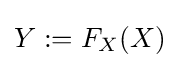
Y:=F_{X}(X)